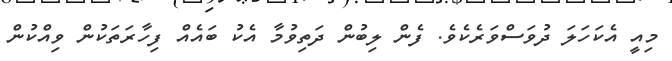
މިއީ އެކަހަލަ ދުވަސްވަރެކެވެ. ފެން ލިބުން ދަތިވުމާ އެކު ބައެއް ފިހާރަތަކުން ވިއްކުން